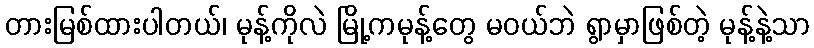
တားမြစ်ထားပါတယ်၊ မုန့်ကိုလဲ မြို့ကမုန့်တွေ မဝယ်ဘဲ ရွာမှာဖြစ်တဲ့ မုန့်နဲ့သာ